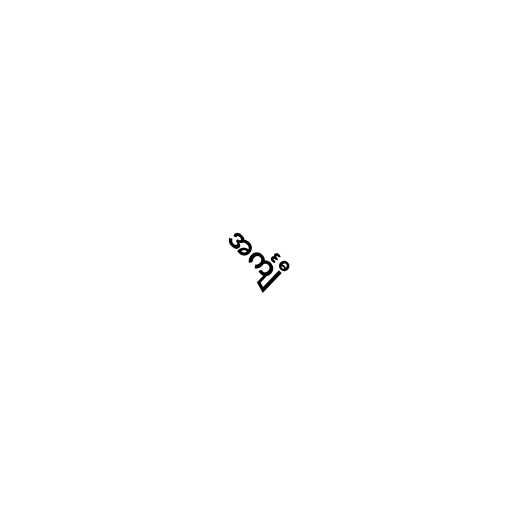
အင်္ကျီ